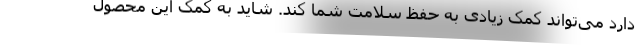
دارد می‌تواند کمک زیادی به حفظ سلامت شما کند. شاید به کمک این محصول